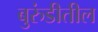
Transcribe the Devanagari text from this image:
बुरुंडीतील